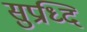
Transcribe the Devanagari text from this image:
सुप्रध्दि